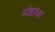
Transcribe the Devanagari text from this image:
मंड़ावर